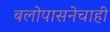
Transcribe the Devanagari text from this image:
बलोपासनेचाही